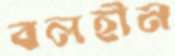
বলহীন